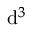
\mathrm { d } ^ { 3 }